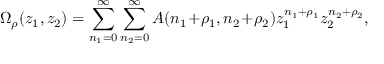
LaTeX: \Omega _ { \rho } ( z _ { 1 } , z _ { 2 } ) = \sum _ { n _ { 1 } = 0 } ^ { \infty } \sum _ { n _ { 2 } = 0 } ^ { \infty } A ( n _ { 1 } \! + \! \rho _ { 1 } , n _ { 2 } \! + \! \rho _ { 2 } ) z _ { 1 } ^ { n _ { 1 } + \rho _ { 1 } } z _ { 2 } ^ { n _ { 2 } + \rho _ { 2 } } ,